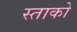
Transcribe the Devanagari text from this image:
स्ताको